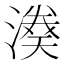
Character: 𱨹